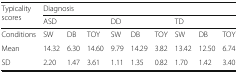
| <ROWSPAN=2> Typicality scores | <COLSPAN=9> Diagnosis |
 | <COLSPAN=3> ASD | <COLSPAN=3> DD | <COLSPAN=3> TD |
 | --- | --- | --- | --- | --- | --- | --- | --- | --- | --- |
 | Conditions | SW | DB | TOY | SW | DB | TOY | SW | DB | TOY |
 | Mean | 14.32 | 6.30 | 14.60 | 9.79 | 14.29 | 3.82 | 13.42 | 12.50 | 6.74 |
 | SD | 2.20 | 1.47 | 3.61 | 1.11 | 1.35 | 0.82 | 1.70 | 1.42 | 3.40 |